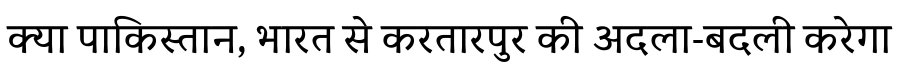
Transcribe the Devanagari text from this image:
क्या पाकिस्तान, भारत से करतारपुर की अदला-बदली करेगा